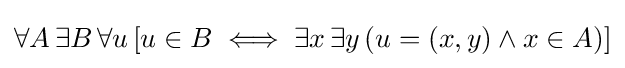
\forall A\,\exists B\,\forall u\,[u\in B\iff \exists x\,\exists y\,(u=(x,y)\land x\in A)]